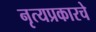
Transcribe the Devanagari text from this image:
नृत्यप्रकारचे